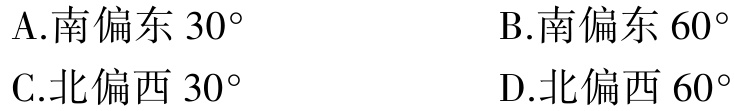
A.南偏东 \(30^{\circ}\)
B.南偏东 \(60^{\circ}\)
C.北偏西 \(30^{\circ}\)
D.北偏西 \(60^{\circ}\)